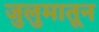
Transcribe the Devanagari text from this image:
जुलुमातून